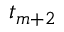
t _ { m + 2 }